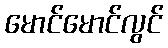
မောင်မောင်လွင်